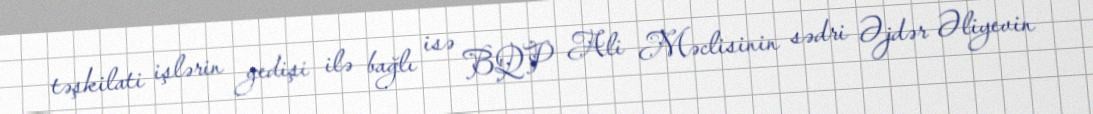
təşkilati işlərin gedişi ilə bağlı isə BQP Ali Məclisinin sədri Əjdər Əliyevin